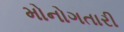
મોનોગતારી